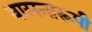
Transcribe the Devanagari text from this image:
वासनारूपी